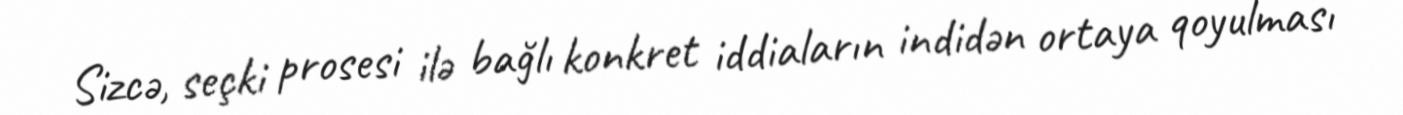
Sizcə, seçki prosesi ilə bağlı konkret iddiaların indidən ortaya qoyulması